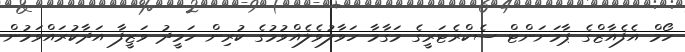
ހޯމް އެފެއާޒްގެ ޕާމަނަންޓް ސެކްރެޓަރީގެ މަގާމާ ހަވާލުވެލެއްވުމުގެ ކުރިން ހަމީދު ވަޒީފާ އަދާކުރައްވަމުން